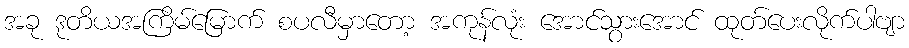
အခု ဒုတိယအကြိမ်မြောက် စပလီမှာတော့ အကုန်လုံး အောင်သွားအောင် ထုတ်ပေးလိုက်ပါဗျာ